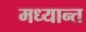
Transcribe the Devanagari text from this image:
मध्यान्त